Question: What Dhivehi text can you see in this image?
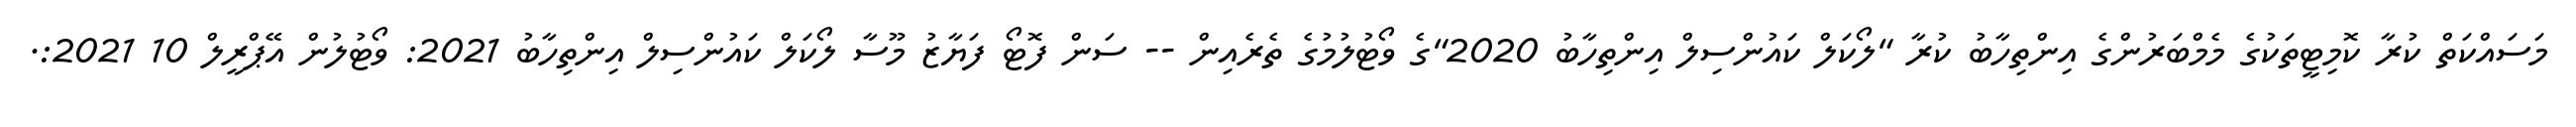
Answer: މަސައްކަތް ކުރާ ކޮމިޓީތަކުގެ މެމްބަރުންގެ އިންތިހާބު ކުރާ "ލޯކަލް ކައުންސިލް އިންތިހާބު 2020"ގެ ވޯޓުލުމުގެ ތެރެއިން -- ސަން ފޮޓޯ ފަޔާޒު މޫސާ ލޯކަލް ކައުންސިލް އިންތިހާބު 2021: ވޯޓުލުން އޭޕްރީލް 10 2021:.